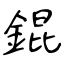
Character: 錕